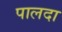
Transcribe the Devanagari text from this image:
पालदा